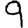
Digit: 9